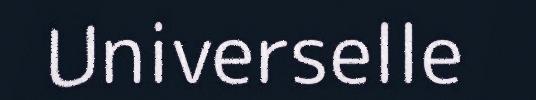
Universelle